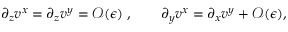
\partial _ { z } { v ^ { x } } = \partial _ { z } { v ^ { y } } = { \mathcal O } ( { \epsilon } ) \; , \qquad \partial _ { y } { v ^ { x } } = \partial _ { x } { v ^ { y } } + { \mathcal O } ( { \epsilon } ) ,